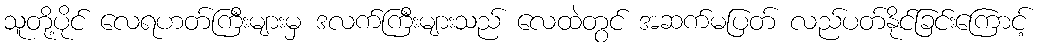
သူတို့ပိုင် လေရဟတ်ကြီးများမှ ဒလက်ကြီးများသည် လေထဲတွင် အဆက်မပြတ် လည်ပတ်နိုင်ခြင်းကြောင့်